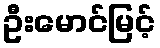
ဦးမောင်မြင့်